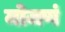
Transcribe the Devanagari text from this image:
मोजणं